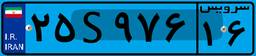
۲۵S۹۷۶۱۶